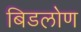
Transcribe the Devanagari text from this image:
बिडलोण